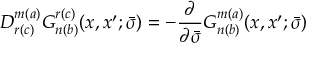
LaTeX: D _ { r ( c ) } ^ { m ( a ) } G _ { n ( b ) } ^ { r ( c ) } ( x , x ^ { \prime } ; \bar { \sigma } ) = - \frac { \partial } { \partial \bar { \sigma } } G _ { n ( b ) } ^ { m ( a ) } ( x , x ^ { \prime } ; \bar { \sigma } )